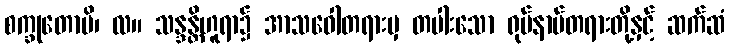
စက္ခုတောပိ၊ လ။ သန္ဒန္တိဟူရာ၌ အာသဝေါတရားမှ တပါးသော ရုပ်နာမ်တရားတို့နှင့် ဆက်ဆံ